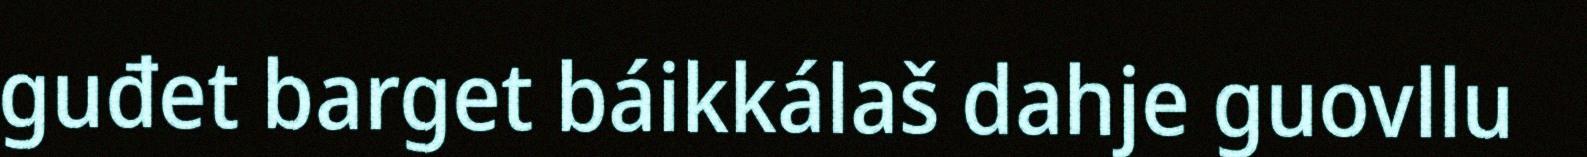
guđet barget báikkálaš dahje guovllu